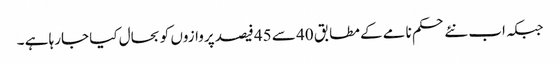
جبکہ اب نئے حکم نامے کے مطابق 40 سے 45 فیصد پروازوں کو بحال کیا جارہا ہے ۔